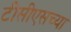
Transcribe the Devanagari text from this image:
टीसीएसच्या